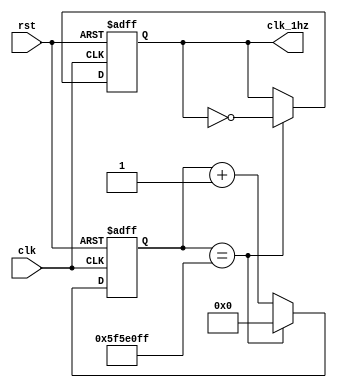
`timescale 1ns / 1ps
//////////////////////////////////////////////////////////////////////////////////
// Company: 
// Engineer: 
// 
// Design Name: 
// Module Name: clock_divider
// Project Name: 
// Target Devices: 
// Tool Versions: 
// Description: 
// 
// Dependencies: 
// 
// Revision:
// Revision 0.01 - File Created
// Additional Comments:
// 
//////////////////////////////////////////////////////////////////////////////////


module clock_divider(
    input clk,
    input rst,
    output reg clk_1hz
    );
    
    reg [31:0] count;
    
    localparam constantNumber = 100000000;
    
    always @ (posedge(clk), posedge(rst)) begin
    
        if (rst == 1) count <= 0;
        else if (count == constantNumber - 1) count <= 0;
        else count <= count + 1;
    
    end 
    
    always @ (posedge(clk), posedge(rst)) begin
        if (rst == 1) clk_1hz <= 0;
        else if (count == constantNumber - 1) clk_1hz  <= ~clk_1hz;
        else clk_1hz  <= clk_1hz; 
    
    end
    
    
endmodule